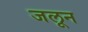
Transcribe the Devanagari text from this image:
जलून